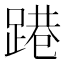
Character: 𨃈